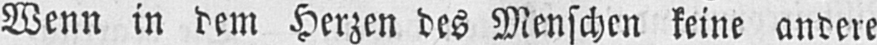
Wenn in dem Herzen des Menschen seine andere